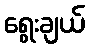
ရွေးချယ်